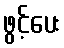
ဖွင့်ပေး